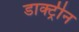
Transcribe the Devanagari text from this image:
डाक्ट्रीन